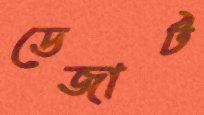
ডেজার্ট